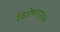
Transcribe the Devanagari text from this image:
विशेषतापूर्वक